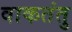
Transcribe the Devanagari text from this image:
वाकतंतु